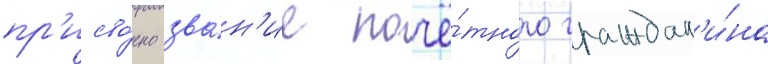
пр'исво́ено зва́н'ие почё́тного граждан'и́на